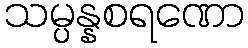
သမ္ပန္နစရဏော